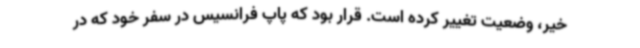
خیر، وضعیت تغییر کرده است. قرار بود که پاپ فرانسیس در سفر خود که در